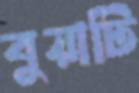
বুয়াটি